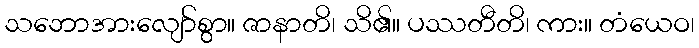
သဘောအားလျော်စွာ။ ဇာနာတိ၊ သိ၏။ ပဿတီတိ၊ ကား။ တံယေဝ၊